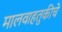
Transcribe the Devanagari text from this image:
मालवाहतुकीचे